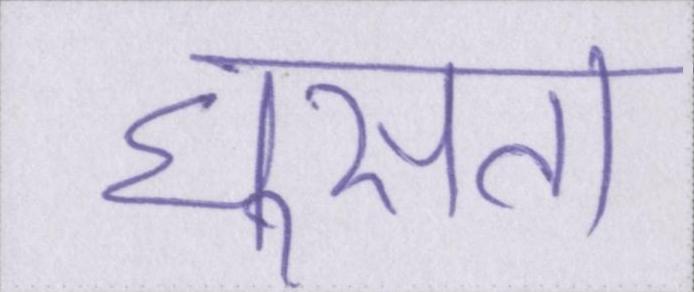
घुसता